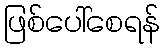
ဖြစ်ပေါ်စေရန်